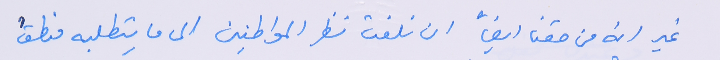
غير انه من حقنا ايضاً ان نلفت نظر المواطنين الى ما يتطلبه منطقُ